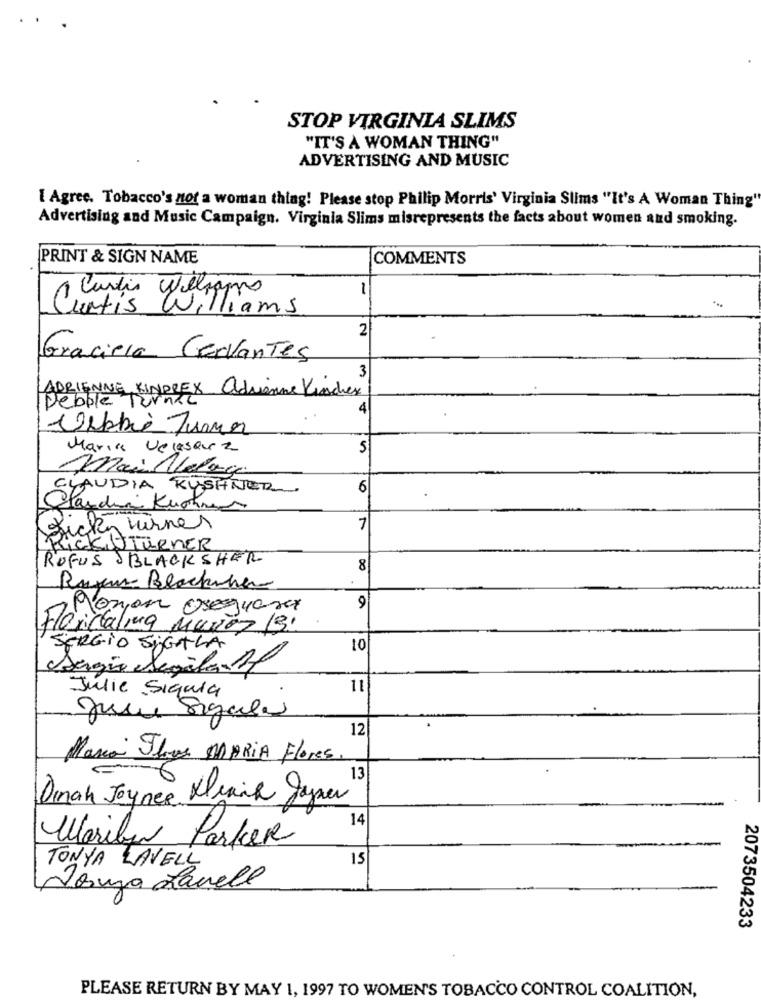
STOP VIRGINIA SLIMS
"IT'S A WOMAN THING"
ADVERTISING AND MUSIC
[ Agree. Tobacco's not a woman thing! Please stop Philip Morris' Virginia Slims "It's A Woman Thing"
Advertising and Music Campaign. Virginia Slims misrepresents the facts about women and smoking.
PRINT & SIGN NAME
COMMENTS
-
1 Curtis Williams
Curtis Williams
2
Graciela Cervantes
3
ADRIENNE KINDREX adrienne Kincher
Pebble Turnic
4
Debbie Jun
Maria Velasarz
5
Mai Alla
CLAUDIA KUSHNER
6
Claudine Kuchnien
ficky wirner
7
RICKITURNER
RUFUS SBLACKSHER
8
Rufen Blackshar
9
Roman Oresuana
Floridalina Muñoz 19!
SERGIO SiGALA
10
Sergio Segala A
11
Julie Síquia
Jus Sigalas
12
Maria Slogs MARIA Flores
Dinah Joynee Klinik gagner
14
Mariby Parker
15
TONYA LAVELL
Vosuza Lavell
2073504233
PLEASE RETURN BY MAY 1, 1997 TO WOMEN'S TOBACCO CONTROL COALITION,